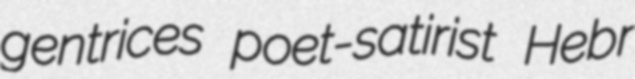
gentrices poet-satirist Hebr